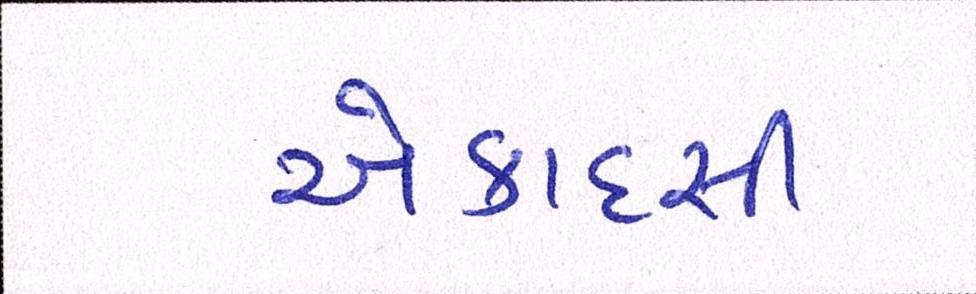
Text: એકાદસી